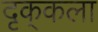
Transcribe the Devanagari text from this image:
दृक्‌कला